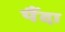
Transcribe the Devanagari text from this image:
पैंदा